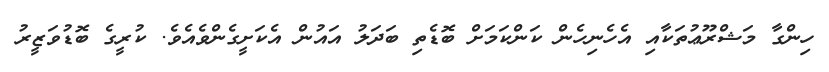
ހިންގާ މަޝްރޫޢުތަކާއި އެހެނިހެން ކަންކަމަށް ބޮޑެތި ބަދަލު އައުން އެކަށީގެންވެއެވެ. ކުރީގެ ބޮޑުވަޒީރު